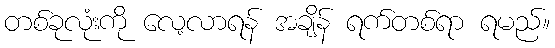
တစ်ခုလုံးကို လေ့လာရန် အချိန် ရက်တစ်ရာ ရမည်။